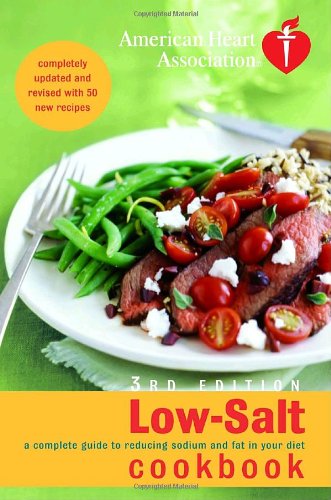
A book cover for American Heart Association Low-Salt Cookbook, 3rd Edition: A Complete Guide to Reducing Sodium and Fat in Your Diet; American Heart Association; Cookbooks, Food & Wine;